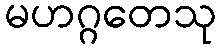
မဟဂ္ဂတေသု